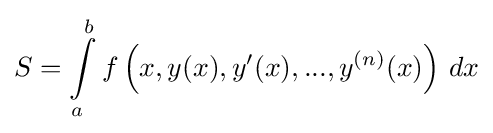
S=\int \limits _{a}^{b}f\left(x,y(x),y'(x),...,y^{(n)}(x)\right)\,dx